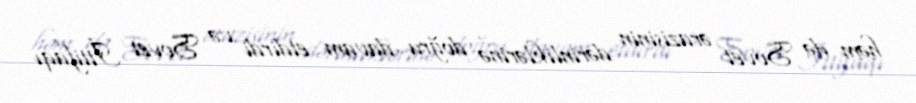
həm də Sovet ərazisinin dərinliklərinə doğru davam etdirdi və Sovet İttifaqı